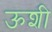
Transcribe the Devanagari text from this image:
ऊशी